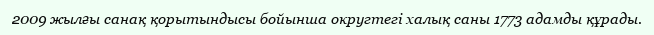
2009 жылғы санақ қорытындысы бойынша округтегі халық саны 1773 адамды құрады.